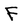
Character: F